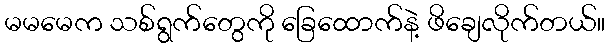
မမမေက သစ်ရွက်တွေကို ခြေထောက်နဲ့ ဖိချေလိုက်တယ်။